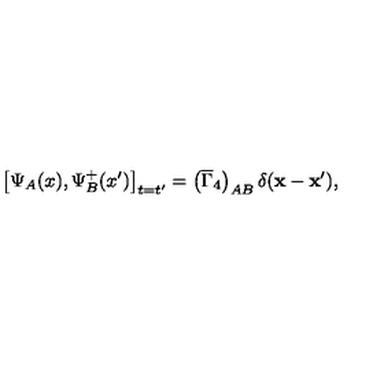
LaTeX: \left[ \Psi _ { A } ( x ) , \Psi _ { B } ^ { + } ( x ^ { \prime } ) \right] _ { t = t ^ { \prime } } = \left( \overline { { \Gamma } } _ { 4 } \right) _ { A B } \delta ( \mathbf { x } - \mathbf { x } ^ { \prime } ) ,